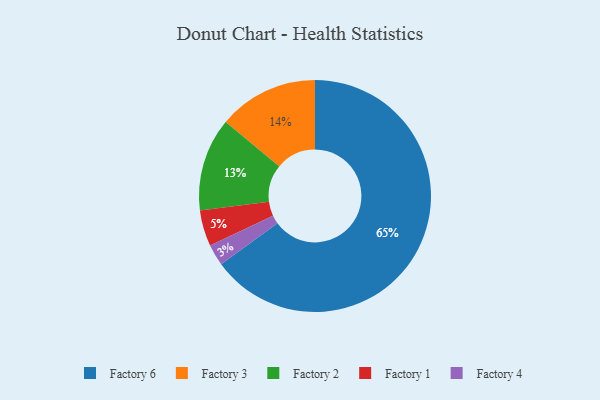
{"axis": {"x": "Category", "y": "Percentage"}, "legend": ["Factory 1", "Factory 2", "Factory 3", "Factory 4", "Factory 6"], "data": [{"x": "Factory 2", "y": 13, "type": "Factory 2"}, {"x": "Factory 4", "y": 3, "type": "Factory 4"}, {"x": "Factory 6", "y": 65, "type": "Factory 6"}, {"x": "Factory 3", "y": 14, "type": "Factory 3"}, {"x": "Factory 1", "y": 5, "type": "Factory 1"}]}